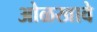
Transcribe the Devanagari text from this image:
ओळखावे